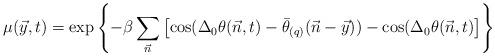
LaTeX: \begin{align*}\mu(\vec y,t) = \exp\left\{-\beta\sum_{\vec n}\left[\cos(\Delta_0\theta(\vec n,t) -\bar\theta_{(q)}(\vec n-\vec y)) - \cos(\Delta_0\theta(\vec n,t)\right]\right\}\end{align*}